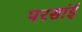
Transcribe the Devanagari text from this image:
परसांई